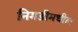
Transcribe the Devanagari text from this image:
निगडीमधील